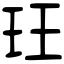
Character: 玨